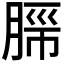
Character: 𬛂